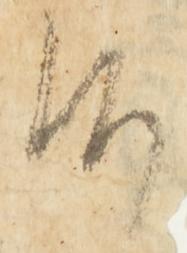
候